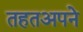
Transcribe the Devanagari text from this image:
तहतअपने